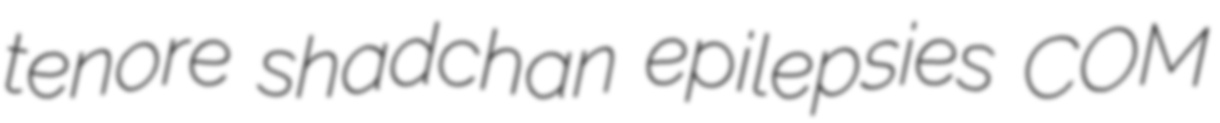
tenore shadchan epilepsies COM